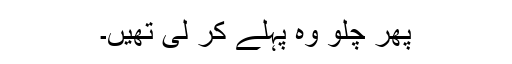
پھر چلو وہ پہلے کر لی تھیں۔